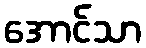
အောင်သာ